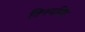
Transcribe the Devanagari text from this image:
विनयसिंह